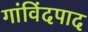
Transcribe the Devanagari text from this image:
गांविंदपाद